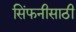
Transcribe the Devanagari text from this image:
सिंफनीसाठी